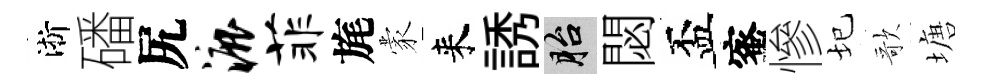
淅磻尻漉菲旄蒙来誘胎閟盃蜜慘圮歌塘